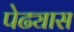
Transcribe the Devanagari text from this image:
पेढ्यास